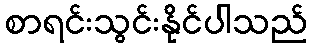
စာရင်းသွင်းနိုင်ပါသည်